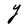
Character: Y